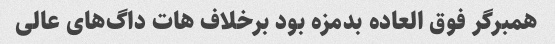
همبرگر فوق العاده بدمزه بود برخلاف هات داگ‌های عالی